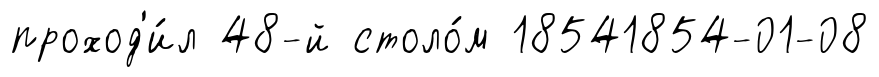
проход'и́л 48-й столо́м 18541854-01-08